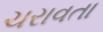
ચરાવતા